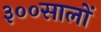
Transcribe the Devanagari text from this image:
३००सालों